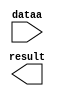
module MULT (
	dataa,
	result);

	input	[12:0]  dataa;
	output	[25:0]  result;

endmodule